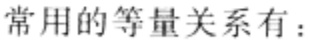
常用的等量关系有：